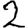
Digit: 2